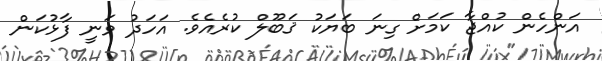
އަންހެން ކުއްޖާ ކަމަށް ގިނަ ބަޔަކު ޤަބޫލް ކުރެއެވެ. އަހަދު ވަނީ ފާޅުކަން